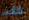
فانت